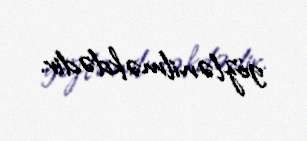
gözlənilməkdədir.